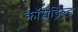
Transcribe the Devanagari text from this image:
क्रॉसड्रिल्ड